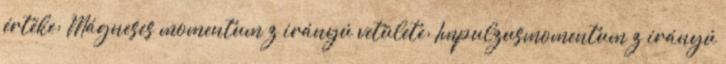
értéke: Mágneses momentum z irányú vetülete: Impulzusmomentum z irányú